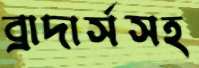
ব্রাদার্সসহ